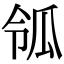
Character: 𤫲